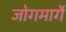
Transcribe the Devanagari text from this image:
जोगमार्गे